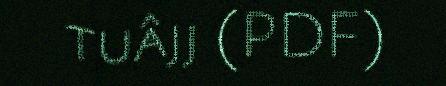
tuâjj (PDF)